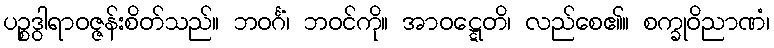
ပဉ္စဒွါရာဝဇ္ဇန်းစိတ်သည်။ ဘဝင်္ဂံ၊ ဘဝင်ကို။ အာဝဋ္ဋေတိ၊ လည်စေ၏။ စက္ခုဝိညာဏံ၊